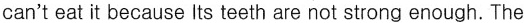
can't eat it because Its teeth are not strong enough. The